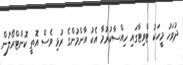
ދުވަހު މީހަކު ޓްވިޓާގައި ހިއްސާކުރުމާ އެކު އާންމުންގެ ރުޅި ވެސް އޮތީ ކޮންޓްރޯލުން